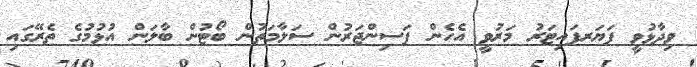
ވިދާޅުވީ ފަޔަރފައިޓަރު މަރުވީ އެހެން ފަސިންޖަރުން ސަލާމަތުން ބޯޓުން ބާލަން އުޅުމުގެ ތެރޭގައި